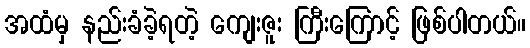
အထံမှ နည်းခံခဲ့ရတဲ့ ကျေးဇူး ကြီးကြောင့် ဖြစ်ပါတယ်။